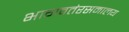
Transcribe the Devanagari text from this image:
भागवतंरसमालय